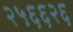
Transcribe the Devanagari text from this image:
२५६६२६